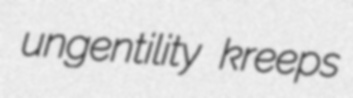
ungentility kreeps